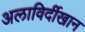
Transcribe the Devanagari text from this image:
अलाविर्दीखान